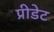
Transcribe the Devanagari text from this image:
प्रीडेट